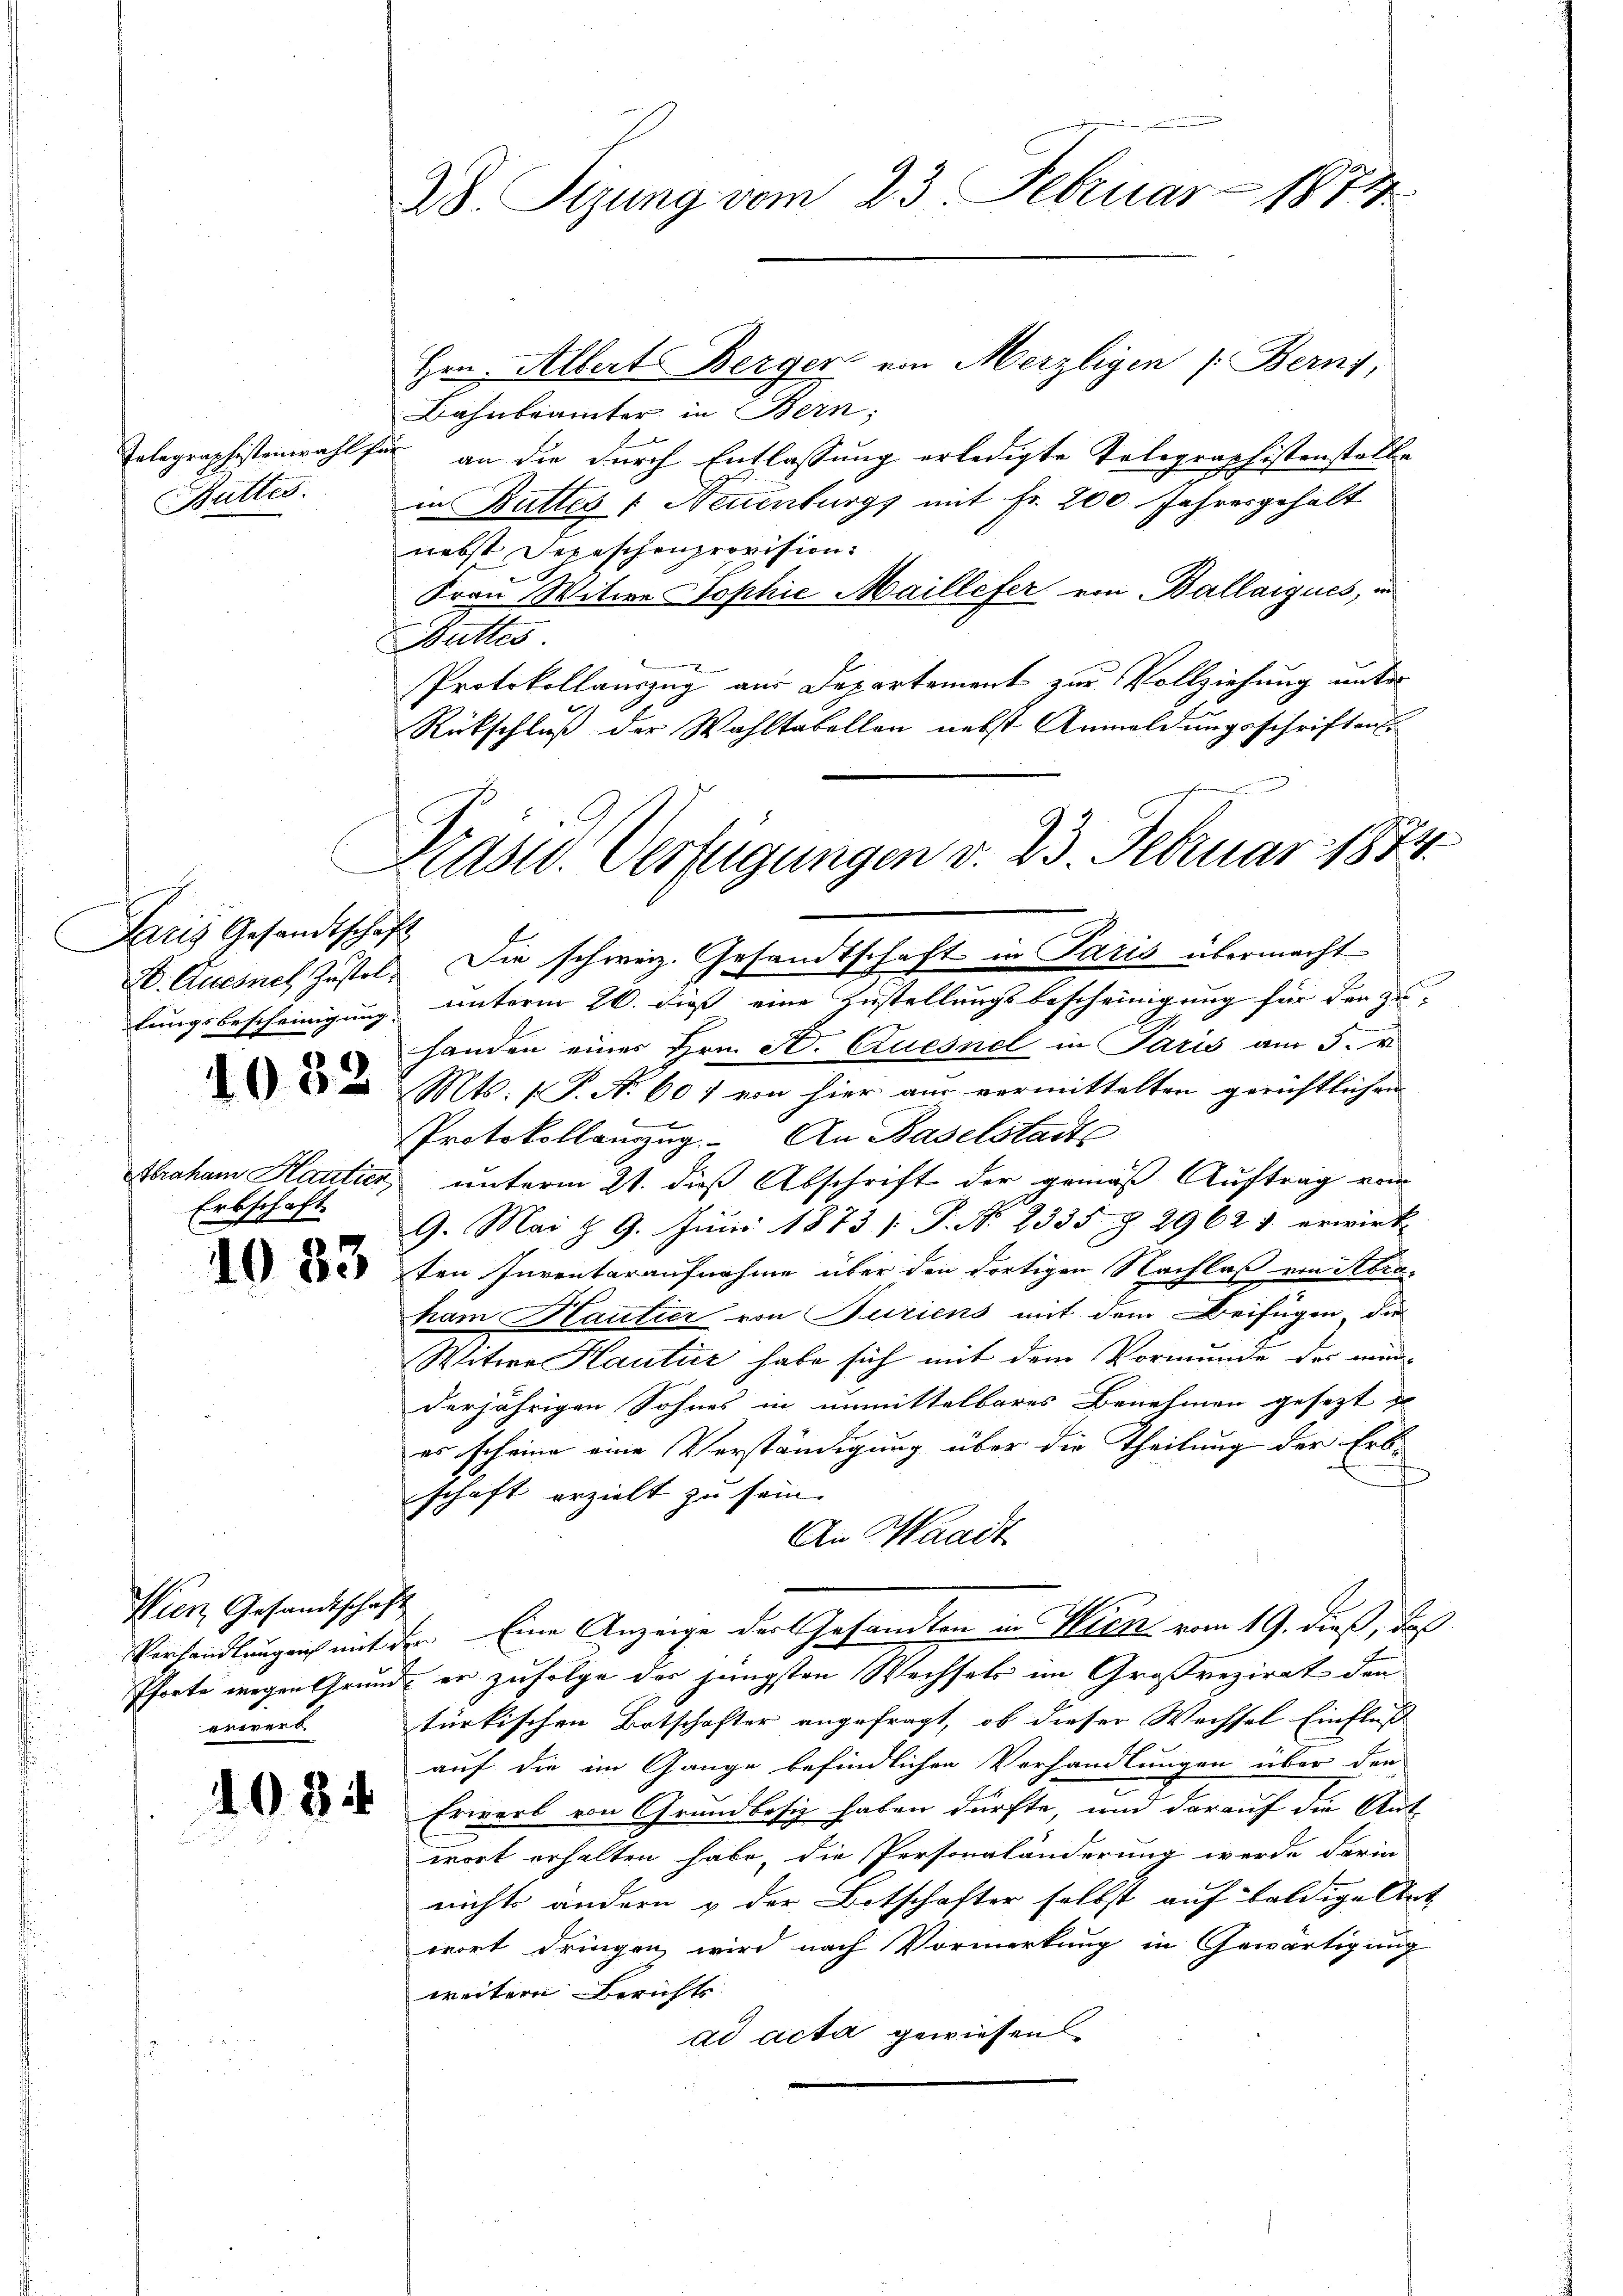
Buttes.

Paris Gesandtschaft

1082

Erbschaft.

1033

Hrn. Albert Berger von Merzligen (Berns,
Bahnbrämter in Bern,
Telegraphistenwahl für an die durch Entlassung erledigte Telegraphistenstelle
in Battes 1 Neuenburgs mit Fr. 200 Jahresgehalt
nebst Depeschenprovision.
Frau Witwe Sophie Maillefer von Ballaigues, un
Butter
Protokollauszug aus Departement zur Vollziehung unter
Rückschluß der Wahltabellen nebst Anmeldungsschriften

Wien Gesandtschaft
erwert.

108

W. Sizung vom 23. Februar 1874.

h
Prast. Verfügungen v. 23. Februar 188
A. Quesnel Zustel. Die schweiz. Gesandtschaft in Paris übermacht

lungsbescheinigung unterm 26. dieß eine Zustellungsbescheinigung für den zu-
handen einer Hrn. F. Ctuesnel in Paris am 5. v.
Mts. f. P. Nr. 601 von hier aus vormittelten gerichtlichen
Protokollauszug. An Baselstadt
Abraham Hautier unterm 21. dieß Abschrift der gemäß Auftrag vom
9. Mai § 9. Juni 1873 [P. Nr. 2335. Z. 2962 1. erwirk-
sten Inventaraufnahme über den dortigen Nachlaß von Abraham Hautier von Turiens mit dem Beifügen, die
Weitere Hautür habe sich mit dem Vormunde des minderjährigen Sohnes in unmittelbares Benehmen gesezt
es scheine eine Verständigung über die Theilung der Erbschaft erzielt zu sein.
An Waadt
Verhandlungen mit der Eine Anzeige der Gesandten in Wick vom 19. dieß, daß
Pforte wegen Grund, er zufolge der jüngsten Wechsels im Großrezirat den
türkischen Botschafter angefragt, ob dieser Wechsel Einfluss- |
auf die im Gange befindlichen Verhandlungen über den
Erwarb von Grundbesiz haben dürfte, und darauf die Auf-
wort erhalten habe, die Personaländerung werde darin
nichts andern & der Botschafter selbst auf baldige Ant
wort dringen wird nach Vormerkung in Gewärtigung
weitern Berichts
ad acta gewiesen